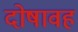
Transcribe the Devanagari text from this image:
दोषावह